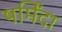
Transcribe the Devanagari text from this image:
षर्मिंदा